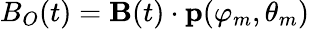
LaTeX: B_{O}(t)={\mathbf B}(t)\cdot{\mathbf p}(\varphi_{m},\theta_{m})